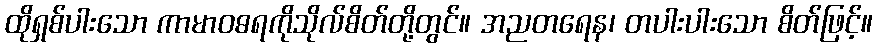
ထိုရှစ်ပါးသော ကာမာဝဓရကိုသိုလ်စိတ်တို့တွင်။ အညတရေန၊ တပါးပါးသော စိတ်ဖြင့်။